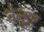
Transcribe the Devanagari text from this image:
वेन्ङूर